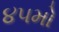
૪૫મો